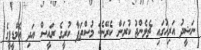
ނަޝީދު އަރިހުގައި ޗެލެންޖު ކުރަން ކެރޭނެ: މުސްތަފާ ކުރީގެ ރައީސް އަދި އެމްޑީޕީގެ